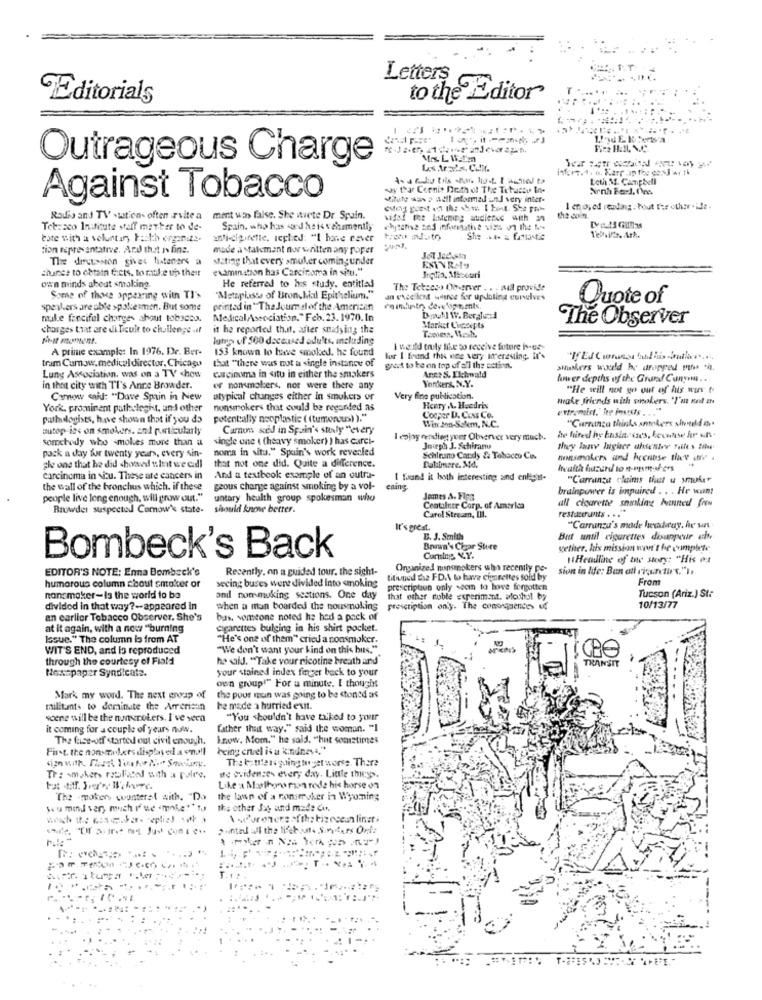
Letters 6
Editorials
to the Editor
Outrageous Charge
say that Cornis Doth of The Tohatsu Ine
Against Tobacco
Mute was a sell informad und very inter-
1 erpojed reading. bout the other . ide.
Radio and TV -sation- often .evite a
ment win false. She wwvete Dr. Spain.
sifal the IiMening audience with in
the coin
Tetzaco Institute staff matiker to de-
Spain, who has soi'd heis vehemently
chycerise and informative vizs in the home
cote with a voluntary kasth organize.
anti-cipitelle, replied: "I hone raver
tion representative, And that n fine.
made a stalmant nor whitten any roper
The discussion gives listeners a
stating that every smoker comingunder
JOT Jackstay
examination has Carcinoma in situ,"
since to obtain facts, to make up their
Inglis, Micouri
own minds about smoking.
He referred to his study. entitled
"The Tetaesa Observer . . . will provide
Some of those appearing with TI's
Metsplasts of Bronchial Epithelium."
an excellent wilsee for updating conelves
Quote of
speakers are able spokesman. But some
printed in" The Joumelof the American
make fanciful charges about tobacco.
MedicalAssociation."Feb. 23. 1970. In
Dorull W. Ber,ale:d
The Observer
charges that are di Ticule to challenge .it
it he reported that, after soudsing the
Market Concepts
lots of 500 deceased adults, including
A prime example: In 1976. Dr. Ber-
153 known to have smoked. he found
I would truly like to receive future isge-
tram Cumaw.medical director. Chicago
that "there was not a single instance of
for I frand this une very interesting. It's
great to be on top of a'l the action.
Anne S. Elchwald
stalkers would be dropped mthes tin.
Lung Association, was on a TV show
carcinoma in situ in either the smakers
Yonkers, N.Y.
lower depths of the Grand Canyon ...
in that city with TI's Anne Browder.
er nommalers, nor were there any
"He will not go out of his wars ?
Camow caid: "Dave Spain in New
atypical changes either in smokers or
Very fine publication.
make friends with smokers, "I'ut vol EN
York. prominent pathologht, and other
nonsmokers that could be regarded as
Henry A. Heedris
extremist." ho insists ..
pathologists, have shown that if you do
potentially neoplastic ( (tumenous) )."
Cooper D. Ciss CO.
"Carranca thinks smokers sivedd
autop ist on smokers. and particularly
Caron sid in Spain's study "every
Win Jon-Solem. N.C.
somebody who smokes more than a
single one ( (heavy smoker) ) has carci-
I enjoy reading yver Observer very much.
he hired hy businesses, kecuhse hr un.
pack a day for twenty years, every sin-
noma in situ." Spain's work revealed
Jourph J. Schiram
they Have higher ahsentre Failes Sites
Schinano Candy &: Tobacco Ci
nonsmokers and hecanse they are .
ple one that he did showed sint we cadl
that not one did. Quite a difference.
Butitmare. Md.
health huzurd to n-rgsm-shers
carcinoma in situ. These are cancers in
And a textbook example of an outra-
I found it both interesting and enlight-
"Camaings claims that u suker
the wall of the bronchus which. if these
geous change against smoking by a vol-
ening
brainpower is impaired . . . He want
people live long enough, will grow out."
untary health group spokesman who
Jemmes A. Fips
all cigarette sninking banned from
Browder suspected Cornow's state-
should know better.
Container Corp. of America
restarerunty . . . "
Carol Stream, III.
It's great.
"Carranza's made heraltay, he un
B. J. Smith
But until cigarettes disuppeur ult
Brown's Char Sture
gether, his mission won't be complete
Bombeck's Back
Coming. V.Y.
"Headline of the story: "His et
EDITOR'S NOTE: Enna Bombeck's
Recently, on a guided tour. the sight-
Organized nonsmokers why recently po-
sion in life: Ban alt riosneties.").
secing buses were divided Into smoking
titiuned the FD.A to have cigarettes sold by
From
humorous column about smoker or
prescription only seem to have forgotten
nonsmoker-Is the world to be
and nommuking sections. One day
that other roble experiment. alochol by
Tucson (Ariz.) Ste
divided in that way ?- appeared in
when a man boarded the nousnoling
prescription only. The consequences ud
10/13/77
an earlier Tobacco Observer. She's
bas, someone noted he had a pack of
at it again, with a now "burning
cigarettes bulging in his shirt pocket.
Issue." The column la from AT
"He's one of them" cried a nonsmoker.
WIT'S END, and lo reproduced
"We don't want your kind on this bits."
through the courtesy of Field
ha aiJ. "Take your nicotine breath and"
TRANSIT
Newspaper Syndicate.
your stained index finger back to your
own group!" For a minute. I thought
Mark my word. The next group of
the pour mun was going to be stoned as
militants to dominate the Arrericun
be made a hurried exit.
scene will be the nunspokers. I've veca
"You shouldn't have talked to your
it coming for a couple of years now.
father that way." said the woman. "I
The face-off started out civil enough.
know. Mom." he said, "hit sometimes
First. the nonsmokers displayed a onall being cruel is a kindness,"
Thebanan going to get worse. There
Tre smokers replaced with a polre.
ie Guidences every day. Little thicy>.
Like a Mothero mon rode his horse on
The makers counteral with. "Da
the lawn of a nonsmoker in Wyoming
swu mind ven, much rwe imnie!" tu
the other Joy and made Con.
\oPoronone ofthe bizecean linsti
pointall all the lifehast. Sivyters Onie
T. + :
... .
. ..